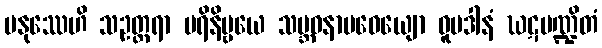
မနုဿေဟိ သဥတ္တရာ ပရိနိဗ္ဗယေ သမ္ဘဝနာမဓေယျော ဓူမဒါနံ ဃဋပဏ္ဍိတံ